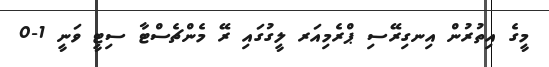
މީގެ އިތުރުން އިނގިރޭސި ޕްރެމިއަރ ލީގުގައި ރޭ މެންޗެސްޓާ ސިޓީ ވަނީ 1-0